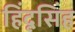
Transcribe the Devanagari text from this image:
हिंदूसिंह